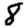
Digit: 8